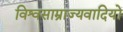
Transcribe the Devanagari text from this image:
विश्वसाम्राज्यवादियों